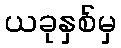
ယခုနှစ်မှ